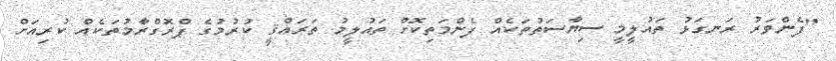
"ފެންވަރު ރަނގަޅު ތައުލީމީ ސިޔާސަތުތަކެއް ފެންމަތިކޮށް ތައުލީމު ތަރައްޤީ ކުރުމުގެ ޕްރޮގްރާމުތަކެއް ކުރިއަށް